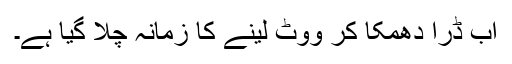
اب ڈرا دھمکا کر ووٹ لینے کا زمانہ چلا گیا ہے۔